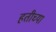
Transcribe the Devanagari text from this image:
हतीच्या